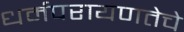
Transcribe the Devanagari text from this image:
धर्मपरायणतेचे